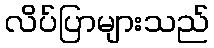
လိပ်ပြာများသည်